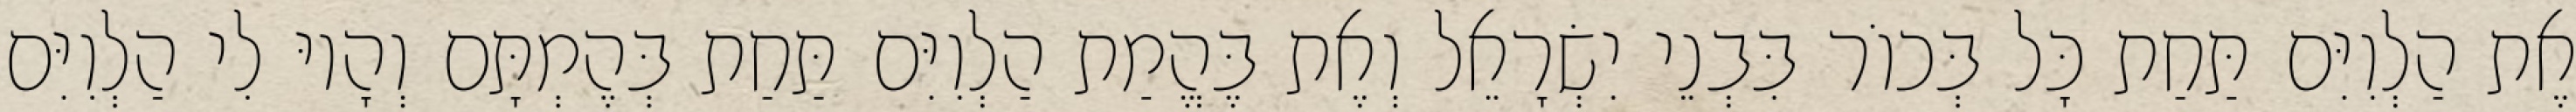
אֶת הַלְוִיִּם תַּחַת כָּל בְּכוֹר בִּבְנֵי יִשְׂרָאֵל וְאֶת בֶּהֱמַת הַלְוִיִּם תַּחַת בְּהֶמְתָּם וְהָיוּ לִי הַלְוִיִּם